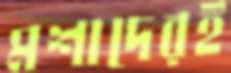
মশাদেরই